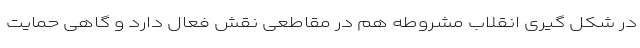
در شکل گیری‌ انقلاب مشروطه هم در مقاطعی نقش فعال دارد و گاهی حمایت